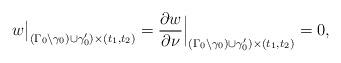
LaTeX: \begin{align*} w\big|_{(\Gamma_0\setminus\gamma_0)\cup \gamma_0')\times(t_1,t_2)}= \frac{\partial w}{\partial \nu}\Big|_{(\Gamma_0\setminus\gamma_0)\cup \gamma_0')\times(t_1,t_2)}=0, \end{align*}